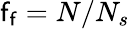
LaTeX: \mathsf{f}_{\mathsf{f}}=N/N_{s}